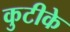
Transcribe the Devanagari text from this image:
कुटीके